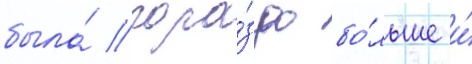
была́ гора́здо бо́льше и́